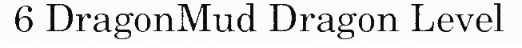
6 DragonMud Dragon Level